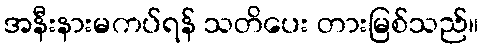
အနီးနားမကပ်ရန် သတိပေး တားမြစ်သည်။